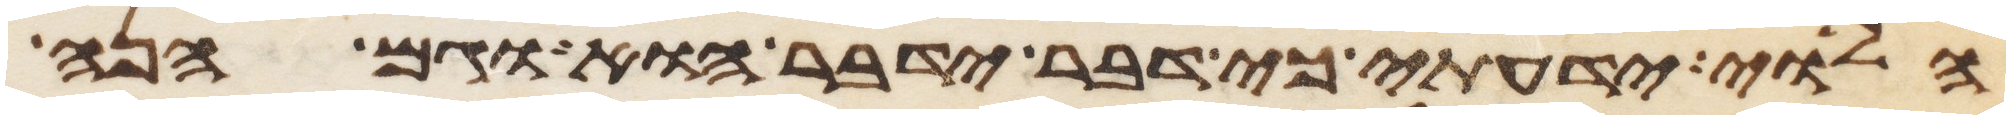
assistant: הלוי ידעתי כי דבר ידבר הוא וגם הנה